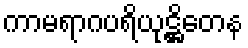
ကာမရာဂပရိယုဋ္ဌိတေန